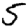
Digit: 5